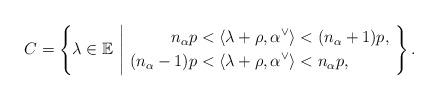
LaTeX: \begin{align*} C = \left\{ \lambda \in \mathbb{E}\,\, \middle| \,\, \begin{aligned} n_{\alpha}p< \langle \lambda + \rho, \alpha^{\vee} \rangle &< (n_{\alpha}+1)p, \,\, \\ (n_{\alpha}-1)p < \langle \lambda + \rho, \alpha^{\vee} \rangle &< n_{\alpha}p, \quad\quad\,\,\,\,\, \end{aligned} \right\}.\end{align*}